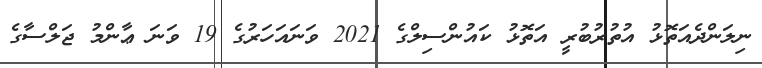
ނިލަންދެއަތޮޅު އުތުރުބުރީ އަތޮޅު ކައުންސިލްގެ 2021 ވަނައަހަރުގެ 19 ވަނަ ޢާންމު ޖަލްސާގެ